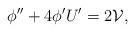
LaTeX: \begin{align*}\phi^{\prime\prime}+4\phi^{\prime}U^{\prime}=2\mathcal{V},\end{align*}